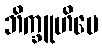
ဘိက္ခူဟိပေ